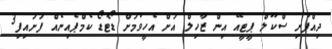
ދިއްފުށި ސްކޫލް ޕީޓީއޭ އިން ޒާހިލް އަށް އެހީވުމަށް ޑޯޓުޑޯ ކެމްޕެއިނެއް ފަށައިފި3